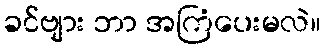
ခင်ဗျား ဘာ အကြံပေးမလဲ။